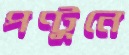
পণ্টুনে